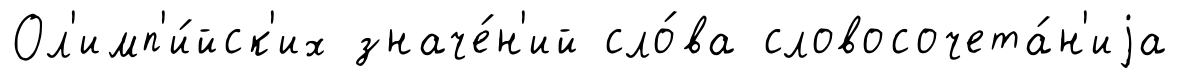
Ол'имп'и́йск'их значе́н'ий сло́ва словосочета́н'иjа